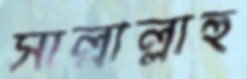
সাল্লাল্লাহু